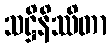
သဋ္ဌိနိဿိတာ